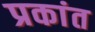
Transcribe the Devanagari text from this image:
प्रकांत